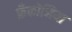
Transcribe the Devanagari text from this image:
फ्रँकोनिया